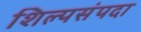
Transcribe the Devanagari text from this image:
शिल्पसंपदा